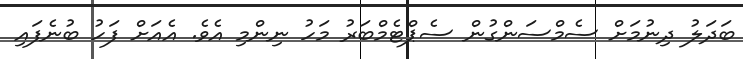
ބަދަލު ދިނުމަށް ސެމްސަންގުން ސެޕްޓެމްބަރު މަހު ނިންމި އެވެ. އެއަށް ފަހު ބުނެފައި